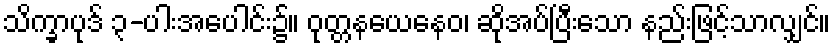
သိက္ခာပုဒ် ၃-ပါးအပေါင်း၌။ ဝုတ္တနယေနေဝ၊ ဆိုအပ်ပြီးသော နည်းဖြင့်သာလျှင်။